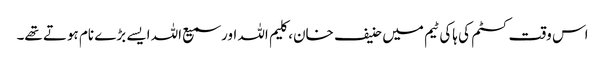
اس وقت کسٹم کی ہاکی ٹیم میں حنیف خان، کلیم اللہ اور سمیع اللہ ایسے بڑے نام ہوتے تھے۔